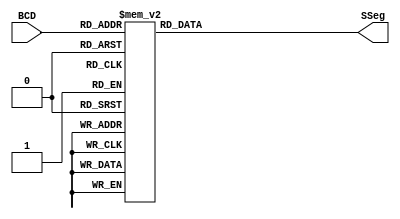
module BCDtoSSeg (BCD, SSeg);

  input [3:0] BCD; // nmero a mostrar en el display
  output reg [6:0] SSeg; // nmero de entrada convertido para mostrar el dgito correcto
always @ ( * ) begin
  case (BCD) // se crear una tabla de verdad para cada numero posible en la entrada
   4'b0000: SSeg = 7'b0000001; // "0"  
	4'b0001: SSeg = 7'b1001111; // "1" 
	4'b0010: SSeg = 7'b0010010; // "2" 
	4'b0011: SSeg = 7'b0000110; // "3" 
	4'b0100: SSeg = 7'b1001100; // "4" 
	4'b0101: SSeg = 7'b0100100; // "5" 
	4'b0110: SSeg = 7'b0100000; // "6" 
	4'b0111: SSeg = 7'b0001111; // "7" 
	4'b1000: SSeg = 7'b0000000; // "8"  
	4'b1001: SSeg = 7'b0000100; // "9" 
   4'ha: SSeg = 7'b0001000;  
   4'hb: SSeg = 7'b1100000;
   4'hc: SSeg = 7'b0110001;
   4'hd: SSeg = 7'b1000010;
   4'he: SSeg = 7'b0110000;
   4'hf: SSeg = 7'b0111000;
    default:
    SSeg = 0; // si no coincide ningn caso, el display no muestra nada
  endcase
end

endmodule